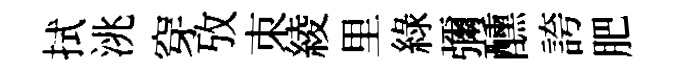
拭洮穿攷朿綾里綠彌醺誇肥